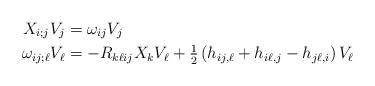
LaTeX: \begin{align*} X_{i;j} V_j &= \omega_{ij} V_j\\\omega_{ij;\ell} V_\ell &= - R_{k\ell ij} X_k V_\ell + \tfrac{1}{2} \left( h_{ij,\ell} + h_{i\ell, j} - h_{j\ell, i} \right) V_\ell\end{align*}